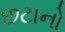
છટાનો